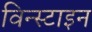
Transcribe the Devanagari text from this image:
विन्स्टाइन